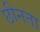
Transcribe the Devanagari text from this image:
छीनता